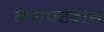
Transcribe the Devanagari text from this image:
केशपटवास